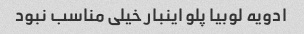
ادویه لوبیا پلو اینبار خیلی مناسب نبود